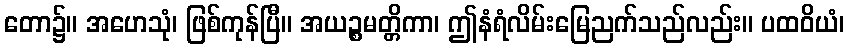
တော၌။ အဟေသုံ၊ ဖြစ်ကုန်ပြီ။ အယဉ္စမတ္တိကာ၊ ဤနံရံလိမ်းမြေညက်သည်လည်း။ ပထဝိယံ၊